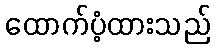
ထောက်ပံ့ထားသည်